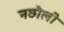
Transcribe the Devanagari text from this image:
नछौली